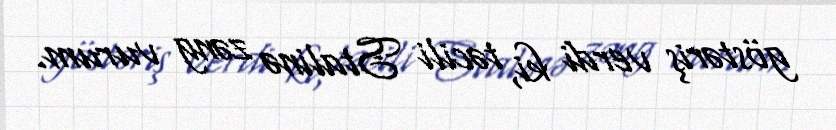
göstəriş verdi ki, təcili Stalinə zəng vurum.